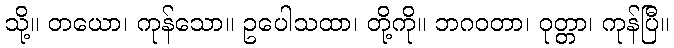
သို့။ တယော၊ ကုန်သော။ ဥပေါသထာ၊ တို့ကို။ ဘဂဝတာ၊ ဝုတ္တာ၊ ကုန်ပြီ။